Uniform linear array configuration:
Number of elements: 64
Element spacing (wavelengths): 0.5
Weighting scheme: hann
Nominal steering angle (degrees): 45
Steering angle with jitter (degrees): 43.198
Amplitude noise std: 0.05
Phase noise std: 0.05

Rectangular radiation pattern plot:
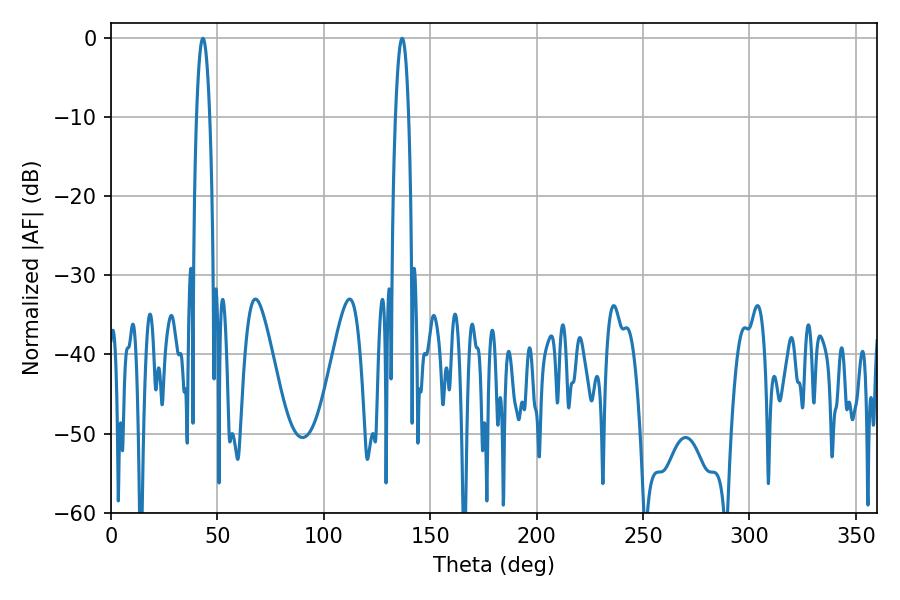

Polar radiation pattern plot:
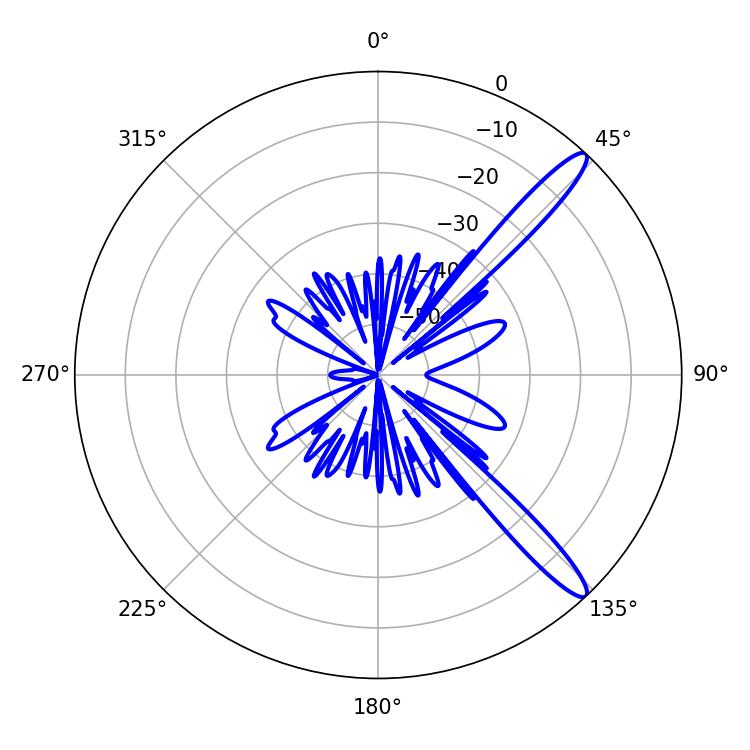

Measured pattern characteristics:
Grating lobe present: FALSE
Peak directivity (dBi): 13.512
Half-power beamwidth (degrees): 3.42
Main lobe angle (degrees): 43.2